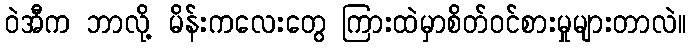
ဝဲအီက ဘာလို့ မိန်းကလေးတွေ ကြားထဲမှာစိတ်ဝင်စားမှုများတာလဲ။